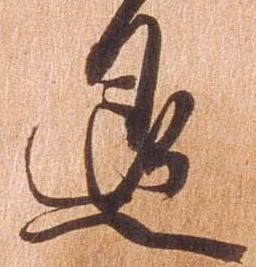
退